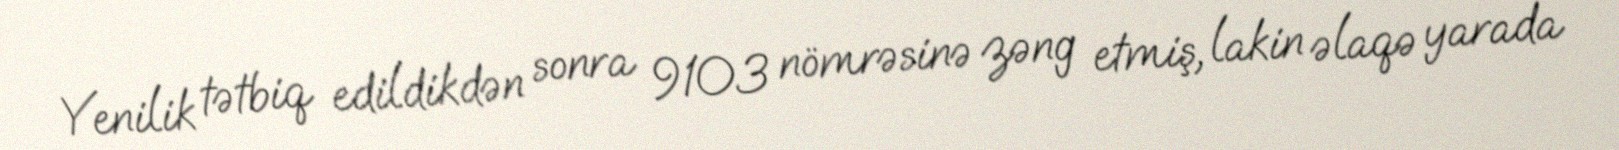
Yenilik tətbiq edildikdən sonra 9103 nömrəsinə zəng etmiş, lakin əlaqə yarada